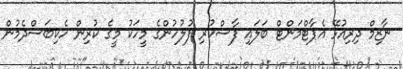
ނާޒިމް ދިރިއުޅޭ އެޕާޓްމަންޓް ބަލައި ފާސްކުރި ފުލުހުންގެ މީހަކު މީގެ ކުރިން ހެކިބަސްދެމުން